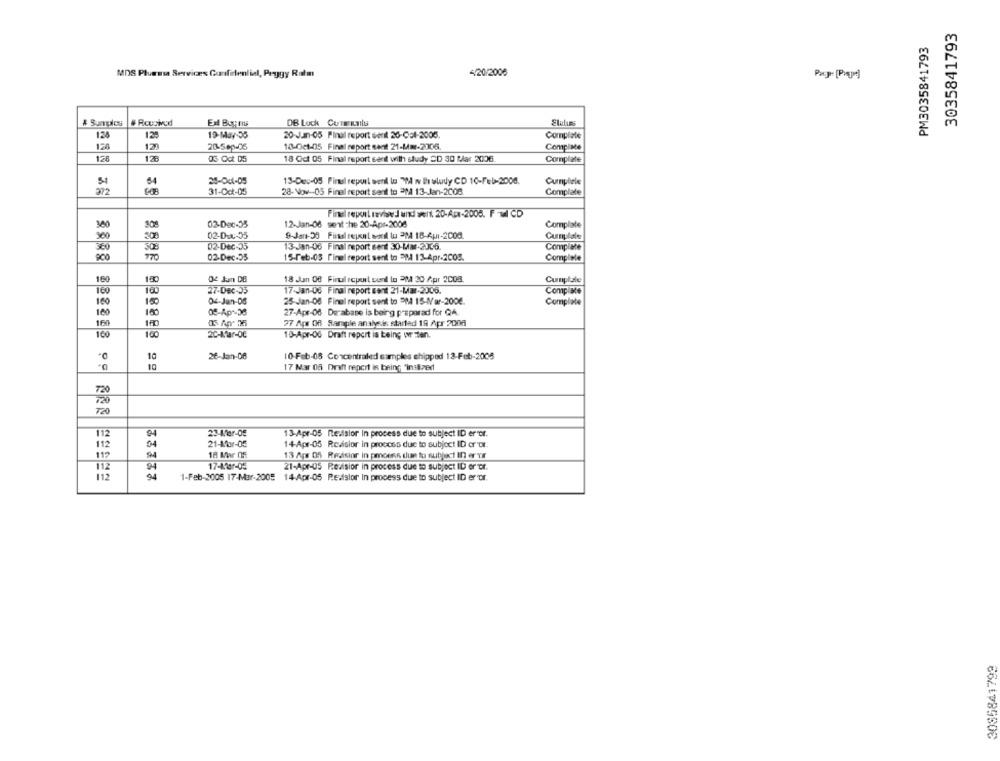
3035841793
PM3035841793
MDS Plumasa Serviræs Confidential, Peggy Ratm
4/20/2006
# Sunulos
# Rcucked
Ext Boy ris
DB Lock Cununlss
Stutuns
12:
19-May-35
20-Juan-05 Final report senl 26-Cal-2005.
Complete
126
123
20-Sep-05
10-Oct-05 Final report sant 21-Mm-2006
CompiMe
128
128
05 Oct D5
18 Oct 05 Final report sent with study 2D 30 Mar 2006
Complate
51
64
28-001-05
13-Dec-05 Final report werk lo VM w Braludy CD 10-Feb-2006.
Cumplele
372
31-Oct-05
28-Nov -- 05 Final report sent to PM 13-Jan-2008
Complale
Findi report revise J and win 20-Apa-2008. F WI CD
02-Dec-35
12-Jan-06 sent che 20-Apr-2006
Complate
300
308
02-Dw-35
9-Jan-38 Final repent sonil tu PPA 18-Ap1-2000.
Curnulale
300
508
02-Dec-35
13-Jan-06 Final report sent 30-MM-2006.
Complete
000
770
02-Dec-55
15-Feb-05 Pinel report sent to EM 13-Apr-2005.
Complete
160
180
De Jun DB
18 .Jan 08 Final report conl lo PM 20 Apr 2008.
Cumplale
27-Dec-35
17-Jan-06 Final report sont 21-Mar-2006.
160
Compliste
160
Oc-Jan-DB
25-Jan-08 Final report sent to PM 15-Mar-200€
Complete
100
05-Apr-36
27-Apr-06 Derabase is being preparad for Q4.
160
8888
27 Apr 06 Sample analysis: started 19 Apr 2006
100
20-Klar-OC
10-Apr-06 Draft report is being writen.
10
26-Jan-06
10-Feb-08 Concentrated samples chipped 12-Feb-2005
10
00
17 Mar 08 Draft report is being finalized
720
112
94
23-Mer-05
13-Apr-05 nedsior in process due to subject ID er vor.
04
21-Mar-05
14-Apr-05 Revisior in process due to subject ID or Dr.
119
18 Mr 05
13 Apr 05 Redsior in proene due to subject In er YE
94
17-11ar-05
112
21-Apr-05 Reaisior in process due to subject ID or or.
112
1-Feb-2005 17-Mar-2005 14-Apr-05 P.E.sior In process due to subject ID er Dr.
662178550℃